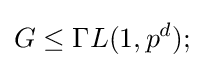
G\leq \Gamma {}L(1,p^{d});